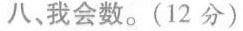
八、我会数。(12分)